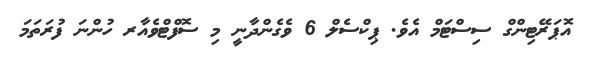
އޮޕަރޭޓިންގް ސިސްޓަމް އެވެ. ޕިކްސެލް 6 ވެގެންދާނީ މި ސޮފްޓްވެއާރ ހުންނަ ފުރަތަމަ